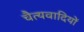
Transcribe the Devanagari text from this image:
चैत्यवादियों